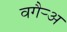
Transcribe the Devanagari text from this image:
वगैर्‍अ